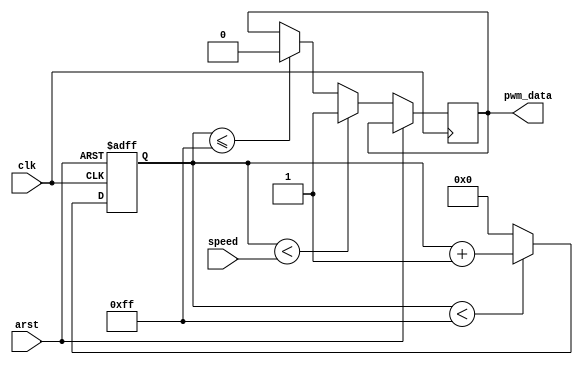
`timescale 1ns / 1ps
//////////////////////////////////////////////////////////////////////////////////
// Company: 
// Engineer: 
// 
// Design Name: 
// Module Name:    FanSpeedUtils 
// Project Name: 
// Target Devices: 
// Tool versions: 
// Description: 
//
// Dependencies: 
//
// Revision: 
// Revision 0.01 - File Created
// Additional Comments: 
//
//////////////////////////////////////////////////////////////////////////////////
module FanSpeed (
	input        arst     , // reset [asynch]  
	input        clk      , // clock [posedge] 
	input  [7:0] speed    , // speed [duty-cycle]  
	output       pwm_data   // data  [output]
);

	parameter frq = 8'b11111111;     // given duty    cycle      length
	reg [7:0] counter = 8'b00000000; // shows current clk in duty cycle
	reg       pwd_data;              // output                 register
	assign pwm_data = pwd_data;

	always @ (posedge clk or posedge arst) begin
		if(arst)
			// duty cylce restarts here
			counter = 8'b00000000;
	
		else begin
			// if counter has not reached to speed limit(still throws one)
			if(counter < speed)
				pwd_data = 1'b1;
			// if counter has    passed      speed limit(now throws zeros)
			else if(counter <= frq)
				pwd_data = 1'b0;
			
			// counter   increasement  (modulo   by   duty  cycle  length)
			if(counter < frq)
				counter = counter + 8'b00000001;
			else
				counter = 8'b00000000;
		end
	end
	
endmodule